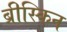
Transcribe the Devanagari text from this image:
ब्रीस्किन